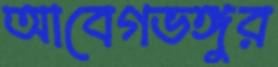
আবেগভঙ্গুর